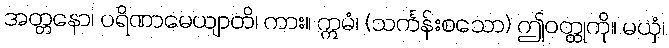
အတ္တနော၊ ပရိဏာမေယျာတိ၊ ကား။ ဣမံ၊ (သင်္ကန်းစသော) ဤဝတ္ထုကို။ မယှံ၊